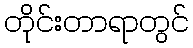
တိုင်းတာရာတွင်